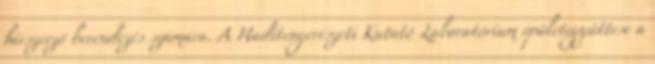
hírszerző berendezés számára. A Haditengerészeti Kutató Laboratórium épületegyüttese a